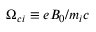
\Omega _ { c i } \equiv e B _ { 0 } / m _ { i } c